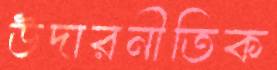
উদারনীতিক